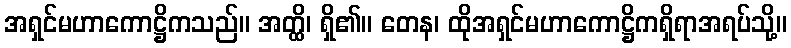
အရှင်မဟာကောဋ္ဌိကသည်။ အတ္ထိ၊ ရှိ၏။ တေန၊ ထိုအရှင်မဟာကောဋ္ဌိကရှိရာအရပ်သို့။